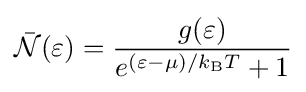
{\bar {\mathcal {N}}}(\varepsilon )={\frac {g(\varepsilon )}{e^{(\varepsilon -\mu )/k_{\text{B}}T}+1}}